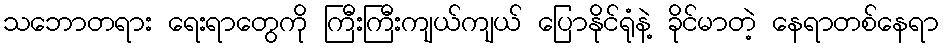
သဘောတရား ရေးရာတွေကို ကြီးကြီးကျယ်ကျယ် ပြောနိုင်ရုံနဲ့ ခိုင်မာတဲ့ နေရာတစ်နေရာ